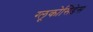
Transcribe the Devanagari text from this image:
ग्लूकोसिडेस